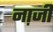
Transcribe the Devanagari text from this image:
ना़जी